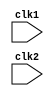
module mips32(clk1, clk2);

			input wire clk1, clk2;
			
			// IF_ID_ registers
			reg [31:0]	PC, IF_ID_IR, IF_ID_NPC;
			
			// ID_EX_ registers
			reg [31:0]	ID_EX_IR, ID_EX_NPC, ID_EX_A, ID_EX_RD, ID_EX_B, ID_EX_Imm, ID_EX_ImmJ, ID_EX_ImmU;
			reg [4:0]	ID_EX_SA;

			// EX_MEM registers
			reg [31:0]	EX_MEM_IR, EX_MEM_ALUOut, EX_MEM_B;
			reg			EX_MEM_cond1, EX_MEM_cond2, EX_MEM_cond3;

			// MEM_WB_ registers
			reg [31:0]	MEM_WB_IR, MEM_WB_ALUOut, MEM_WB_LMD;
			
			// Type variables
			reg [2:0] ID_EX_type, EX_MEM_type, MEM_WB_type;
			
			reg [31:0] Reg [31:0];		// Register Bank 32x32
			reg [31:0] Mem [1023:0];	// Memory Bank 1024x32
			reg [31:0] Ra;
			
			// Assembly Commands
			parameter	ADD = 6'b000_000,		SUB = 6'b000_001,		AND = 6'b000_010,		OR = 6'b000_011,
							SLT = 6'b000_100,		MUL = 6'b000_101,		MOVE = 6'b000_110,	NEG = 6'b000_111, 
							LD = 6'b001_000,		STR = 6'b001_001,		ADDI = 6'b001_010,	SUBI = 6'b001_011, 
							SLTI = 6'b001_100,	BNE = 6'b001101,		BEQ = 6'b001110,		ADDIU = 6'b001_111,
							SUBIU = 6'b010_000,	ANDI = 6'b010_001,	NOR = 6'b010_010,		NOT = 6'b010_011,
							ORI = 6'b010_100,		WSBH = 6'b010_101,	XOR = 6'b010_110,		XORI = 6'b010_111,
							MOVN = 6'b011_000,	MOVZ = 6'b011_001,	JMP = 6'b011_010,		SLTIU = 6'b011_011,
							MULI = 6'b011_100,	MULIU = 6'b011_101,	BGE = 6'b011_110,		BGT = 6'b011_111,
							BLE = 6'b100_000,		BLT = 6'b100_001,		JAL = 6'b100_010,		LDU = 6'b100_011,
							STU = 6'b100_100,		SLL = 6'b100_101,		SLLV = 6'b100_110,	SRL = 6'b100_111,
							SRLV = 6'b101_000,	SRA = 6'b101_001,		SRAV = 6'b101_010,
							HLT = 6'b111_111;
			
			// Command types (3-bit) [2:0]
			parameter	RR_ALU = 3'b000, RM_ALU = 3'b001, RU_ALU = 3'b010, LOAD = 3'b011, STORE = 3'b100,
							BRANCH = 3'b101, JUMP = 3'b110, HALT = 3'b111;
							
			reg HALTED;				// set after HLT instruction is completed (in WB stage)
			reg TAKEN_BRANCH;		// required to disable instructions after branch
			
			
			
			/*______________________ Different Stages of the Pipeline __________________*/
						
			// The Instruction Fetch (IF) Stage
			
			always @ (posedge clk1)
				if(HALTED == 0) begin // we fetch only if halt is not set
					if( 
							// 1 - EQ (==) ; 0 - NEQ (!=)
							((EX_MEM_IR[31:26] == BEQ) && (EX_MEM_cond1 == 1)) ||
							((EX_MEM_IR[31:26] == BNE) && (EX_MEM_cond1 == 0)) ||
							// 1 - GE (>=) ; 0 - LT (<)
							((EX_MEM_IR[31:26] == BGE) && (EX_MEM_cond2 == 1)) ||
							((EX_MEM_IR[31:26] == BLT) && (EX_MEM_cond2 == 0)) ||
						 
							// 1 - LE (<=) ; 0 - GT (>)
							((EX_MEM_IR[31:26] == BLE) && (EX_MEM_cond3 == 1)) ||
							((EX_MEM_IR[31:26] == BGT) && (EX_MEM_cond3 == 0))
						 ) // check whether a branch is taken

							
						begin
							TAKEN_BRANCH	<= #2 1'b1;
							IF_ID_IR			<= #2 Mem[EX_MEM_ALUOut];
							IF_ID_NPC		<= #2 EX_MEM_ALUOut + 1;
							PC					<= #2 EX_MEM_ALUOut + 1;
						end
					else
						begin
							IF_ID_IR			<= #2 Mem[PC];
							IF_ID_NPC		<= #2 PC + 1;
							PC					<= #2 PC + 1;
							 TAKEN_BRANCH	<= #2 0; // reset the taken branch back to zero

						end
				end
			
			// The Instruction Decode (ID) Stage
			
			/* We do 3 things:
			1 we decode the instruction
			2 we are pre-fetching two source registers
			3 we are sign-extending the offset */
			
			always @ (posedge clk2)
				if (HALTED == 0) begin
				
					//Rs - register
					if( IF_ID_IR[25:21] == 5'b00000)	ID_EX_A <= 0; // if R0 then assign 0 to ID_EX_A
					else ID_EX_A <= #2 Reg[IF_ID_IR[25:21]];
					
					//Rt - register
					if( IF_ID_IR[20:16] == 5'b00000)	ID_EX_B <= 0; // if R0 then assign 0 to ID_EX_B
					else ID_EX_B <= #2 Reg[IF_ID_IR[20:16]];

					ID_EX_NPC	<= #2 IF_ID_NPC;
					ID_EX_IR		<= #2 IF_ID_IR;

					ID_EX_Imm	<= #2 {{16{IF_ID_IR[15]}},{IF_ID_IR[15:0]}};
					ID_EX_ImmJ	<= #2 {{6{IF_ID_IR[25]}},{IF_ID_IR[25:0]}};
					ID_EX_ImmU	<= #2 {16'b0,IF_ID_IR[15:0]};
					ID_EX_SA		<= #2 Reg[IF_ID_IR[10:6]];
					ID_EX_RD		<= #2 Reg[IF_ID_IR[15:11]];
					
					case(IF_ID_IR[31:26])
							ADD,SUB,AND,OR,SLT,MUL,XOR,NOR:			ID_EX_type <= #2 RR_ALU; // 8 instr
							ADDI, SUBI, SLTI, MULI, NOT:				ID_EX_type <= #2 RM_ALU; // 5 instr
							ANDI, ORI, XORI, MOVN, MOVZ:				ID_EX_type <= #2 RR_ALU; // 5 instr
							ADDIU, SUBIU, MULIU, SLTIU:				ID_EX_type <= #2 RU_ALU; // 4 instr
							SLL, SLLV, SRL, SRLV, SRA, SRAV:			ID_EX_type <= #2 RR_ALU; // 6 instr
							MOVE, NEG, WSBH:								ID_EX_type <= #2 RR_ALU; // 4 instr
							LD, LDU:											ID_EX_type <= #2 LOAD;	 // 2 instr
							STR, STU:										ID_EX_type <= #2 STORE;  // 2 instr
							BNE, BEQ, BGE, BGT, BLE, BLT:				ID_EX_type <= #2 BRANCH; // 6 instr
							JMP, JAL:										ID_EX_type <= #2 JUMP;   // 2 instr
							HLT:												ID_EX_type <= #2 HALT;	 // 1 instr
							default:											ID_EX_type <= #2 HALT;
					endcase
				end
			
			// The Execute (EX) stage
			always @(posedge clk1)
				if (HALTED == 0) begin
					EX_MEM_type		<= #2 ID_EX_type;
					EX_MEM_IR		<= #2 ID_EX_IR;
					// TAKEN_BRANCH	<= #2 0; // reset the taken branch back to zero

					case (ID_EX_type)
							RR_ALU: 
							begin
									case(ID_EX_IR[31:26]) 
											ADD:			EX_MEM_ALUOut <=  #2 ID_EX_A + ID_EX_B;
											SUB:			EX_MEM_ALUOut <=  #2 ID_EX_A - ID_EX_B;
											AND:			EX_MEM_ALUOut <=  #2 ID_EX_A & ID_EX_B;
											OR:			EX_MEM_ALUOut <=  #2 ID_EX_A | ID_EX_B;
											SLT:			EX_MEM_ALUOut <=  #2 ID_EX_A < ID_EX_B;
											MUL:			EX_MEM_ALUOut <=  #2 ID_EX_A * ID_EX_B;
											XOR:			EX_MEM_ALUOut <=  #2 ID_EX_A ^ ID_EX_B;
											NOR:			EX_MEM_ALUOut <=  #2 ~(ID_EX_A | ID_EX_B);
											SLL:			EX_MEM_ALUOut <=  #2 ID_EX_A << ID_EX_SA;
											SLLV:			EX_MEM_ALUOut <=  #2 ID_EX_A << ID_EX_B;
											SRL:			EX_MEM_ALUOut <=  #2 ID_EX_A >> ID_EX_SA;
											SRLV:			EX_MEM_ALUOut <=  #2 ID_EX_A >> ID_EX_B;
											SRA:			EX_MEM_ALUOut <=	#2	ID_EX_A >>> ID_EX_SA;
											SRAV:			EX_MEM_ALUOut <=	#2	ID_EX_A >>> ID_EX_B;
											MOVN:			EX_MEM_ALUOut <=	#2 (ID_EX_B != 0) ? ID_EX_A : ID_EX_RD;
											MOVZ:			EX_MEM_ALUOut <=	#2	(ID_EX_B == 0) ? ID_EX_A : ID_EX_RD;
											MOVE:			EX_MEM_ALUOut <=  #2 ID_EX_A;
											NEG:			EX_MEM_ALUOut <=  #2 (~(ID_EX_A) + 1);
											WSBH:			EX_MEM_ALUOut <=  #2 {{ID_EX_A[23:16],ID_EX_A[31:24]},{ID_EX_A[7:0],ID_EX_A[15:8]}};

											default:		EX_MEM_ALUOut <=  #2 32'hxxxx_xxxx;
									endcase
							end
							RM_ALU: 
							begin
									case(ID_EX_IR[31:26]) 
											ADDI:			EX_MEM_ALUOut <=  #2 ID_EX_A + ID_EX_Imm;
											SUBI:			EX_MEM_ALUOut <=  #2 ID_EX_A - ID_EX_Imm;
											SLTI:			EX_MEM_ALUOut <=  #2 ID_EX_A < ID_EX_Imm;
											MULI:			EX_MEM_ALUOut <=  #2 ID_EX_A * ID_EX_Imm;
											ANDI:			EX_MEM_ALUOut <=  #2 ID_EX_A & ID_EX_Imm;
											ORI:			EX_MEM_ALUOut <=  #2 ID_EX_A | ID_EX_Imm;
											XORI:			EX_MEM_ALUOut <=  #2 ID_EX_A ^ ID_EX_Imm;
											NOT:			EX_MEM_ALUOut <=  #2 ~ID_EX_A;
											default:		EX_MEM_ALUOut <=  #2 32'hxxxx_xxxx;
									endcase
							end
							RU_ALU:
							begin
									case(ID_EX_IR[31:26]) 
											ADDIU:		EX_MEM_ALUOut <=  #2 ID_EX_A + ID_EX_ImmU;
											SUBIU:		EX_MEM_ALUOut <=  #2 ID_EX_A - ID_EX_ImmU;
											MULIU:		EX_MEM_ALUOut <=  #2 ID_EX_A * ID_EX_ImmU;
											SLTIU:		EX_MEM_ALUOut <=  #2 ID_EX_A < ID_EX_ImmU;
									endcase
							end
							LOAD, STORE: begin
									case(ID_EX_IR[31:26]) 
									LD, STR: begin
															EX_MEM_ALUOut	<= #2 ID_EX_A + ID_EX_Imm;
															EX_MEM_B			<= #2 ID_EX_B;
															end
									LDU, STU: begin		
															EX_MEM_ALUOut	<= #2 ID_EX_A + ID_EX_ImmU;
															EX_MEM_B			<= #2 ID_EX_B;
															end
									endcase

							end
							BRANCH: 
							begin
															EX_MEM_ALUOut	<= #2 ID_EX_NPC + ID_EX_Imm;
															EX_MEM_cond1	<= #2 (ID_EX_A == ID_EX_B); // 1 - EQ (==) ; 0 - NEQ (!=)
															EX_MEM_cond2	<= #2 (ID_EX_A >= ID_EX_B); // 1 - GE (>=) ; 0 - LT (<)
															EX_MEM_cond3	<= #2 (ID_EX_A <= ID_EX_B); // 1 - LE (<=) ; 0 - GT (>)
							end
							JUMP: begin
									case(ID_EX_IR[31:26]) 
									JMP:						EX_MEM_ALUOut	<= #2 ID_EX_NPC + ID_EX_ImmJ;
									JAL: begin
																Ra					<= #2 ID_EX_NPC + 1;
																EX_MEM_ALUOut	<= #2 ID_EX_NPC + ID_EX_ImmJ;
																
									end
									endcase
							end
					endcase
				end
			
			// The Memory (MEM) stage
			always @(posedge clk2)
				if (HALTED == 0) 
				begin
					MEM_WB_type <= #2 EX_MEM_type;
					MEM_WB_IR	<= #2 EX_MEM_IR;

						case(EX_MEM_type)
								RR_ALU, RM_ALU:		MEM_WB_ALUOut	<= #2 EX_MEM_ALUOut;
								LOAD:						MEM_WB_LMD		<= #2 Mem[EX_MEM_ALUOut];
								STORE:			if(TAKEN_BRANCH == 0) Mem[EX_MEM_ALUOut] <= #2 EX_MEM_B;
						endcase
				end
				
			// The Write Back (WB) stage
			always @(posedge clk1)
			begin
				if(TAKEN_BRANCH == 0) 
					case(MEM_WB_type)
							RR_ALU:					Reg[MEM_WB_IR[15:11]] <= #2 MEM_WB_ALUOut;	// Rd
							
							RM_ALU,RU_ALU:			Reg[MEM_WB_IR[20:16]] <= #2 MEM_WB_ALUOut;	// Rt
							
							LOAD:						Reg[MEM_WB_IR[20:16]] <= #2 MEM_WB_LMD;		// Rt
							
							HALT:						HALTED <= #2 1'b1;
					endcase
			end
			
endmodule